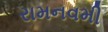
રામનવમી